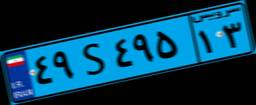
۳۳S۴۲۸۷۶